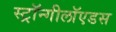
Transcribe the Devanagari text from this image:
स्ट्रॉन्गीलॉएडस